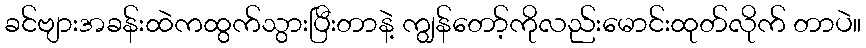
ခင်ဗျားအခန်းထဲကထွက်သွားပြီးတာနဲ့ ကျွန်တော့်ကိုလည်းမောင်းထုတ်လိုက် တာပဲ။